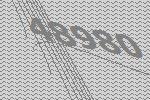
48980